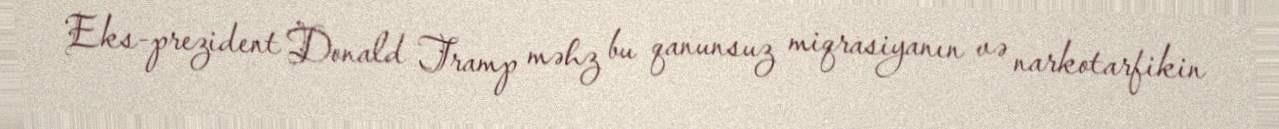
Eks-prezident Donald Tramp məhz bu qanunsuz miqrasiyanın və narkotarfikin